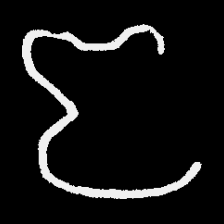
Pyu character \u2014 Myanmar letter: ဇ (romanized: ja)